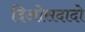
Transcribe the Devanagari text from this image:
दिओसदादो